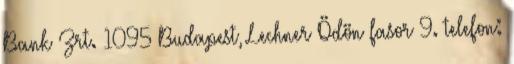
Bank Zrt. 1095 Budapest, Lechner Ödön fasor 9. telefon: